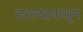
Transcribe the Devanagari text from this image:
ठरल्यापासून